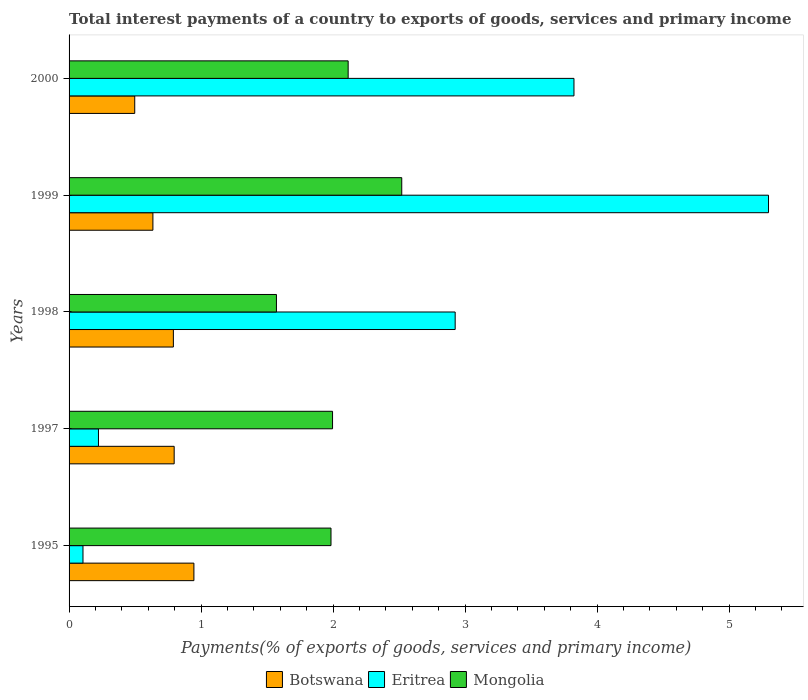
| Years | Botswana | Eritrea | Mongolia |
 | --- | --- | --- | --- |
 | 1995 | 0.946 | 0.105 | 1.98 |
 | 1997 | 0.796 | 0.223 | 2 |
 | 1998 | 0.79 | 2.92 | 1.57 |
 | 1999 | 0.635 | 5.3 | 2.52 |
 | 2000 | 0.497 | 3.82 | 2.11 |